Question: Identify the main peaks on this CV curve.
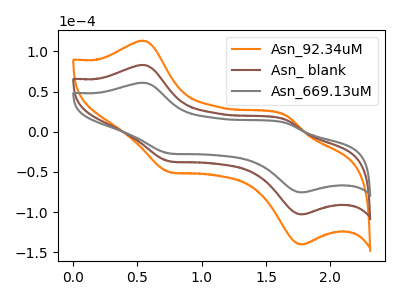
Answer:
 <answer>The orange curve "Asn_92.34uM" has anodic peaks at (0.55V, 166.15uA) (1.65V, 30.40uA) and cathodic peaks at (0.75V, -73.45uA) (1.75V, -205.85uA). The brown curve "Asn_ blank" has anodic peaks at (0.55V, 83.05uA) (1.65V, 15.20uA) and cathodic peaks at (0.75V, -36.75uA) (1.75V, -102.90uA). The gray curve "Asn_669.13uM" has anodic peaks at (0.55V, 60.95uA) (1.65V, 11.15uA) and cathodic peaks at (0.75V, -26.95uA) (1.75V, -75.50uA).</answer>
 <eval></eval>